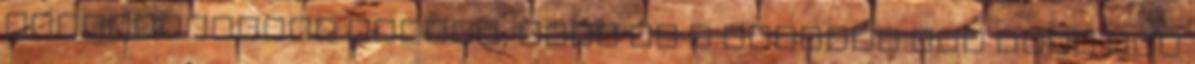
biztosítottak afelõl, hogy ez a harminc nap csak egy